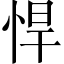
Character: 悍